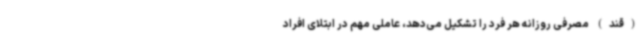
(قند) مصرفی روزانه هر فرد را تشکیل می‌دهد، عاملی مهم در ابتلای افراد